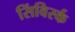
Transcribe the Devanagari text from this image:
सिंविर्स्क